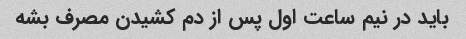
باید در نیم ساعت اول پس از دم کشیدن مصرف بشه